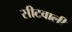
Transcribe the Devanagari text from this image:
सीटवाली